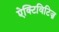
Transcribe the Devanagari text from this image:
ऐक्टिविटिज़